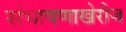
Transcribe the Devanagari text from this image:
संभाषणाखेरीज